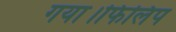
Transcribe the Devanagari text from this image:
गया।फिलिप